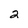
Character: 2